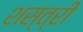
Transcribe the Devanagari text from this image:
शस्त्री